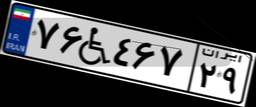
۸۸W۵۱۸۵۳